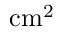
\mathrm { c m ^ { 2 } }